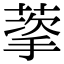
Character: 𬝩